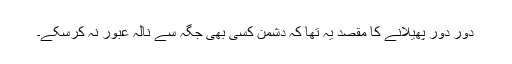
دور دور پھیلانے کا مقصد یہ تھا کہ دشمن کسی بھی جگہ سے نالہ عبور نہ کرسکے۔